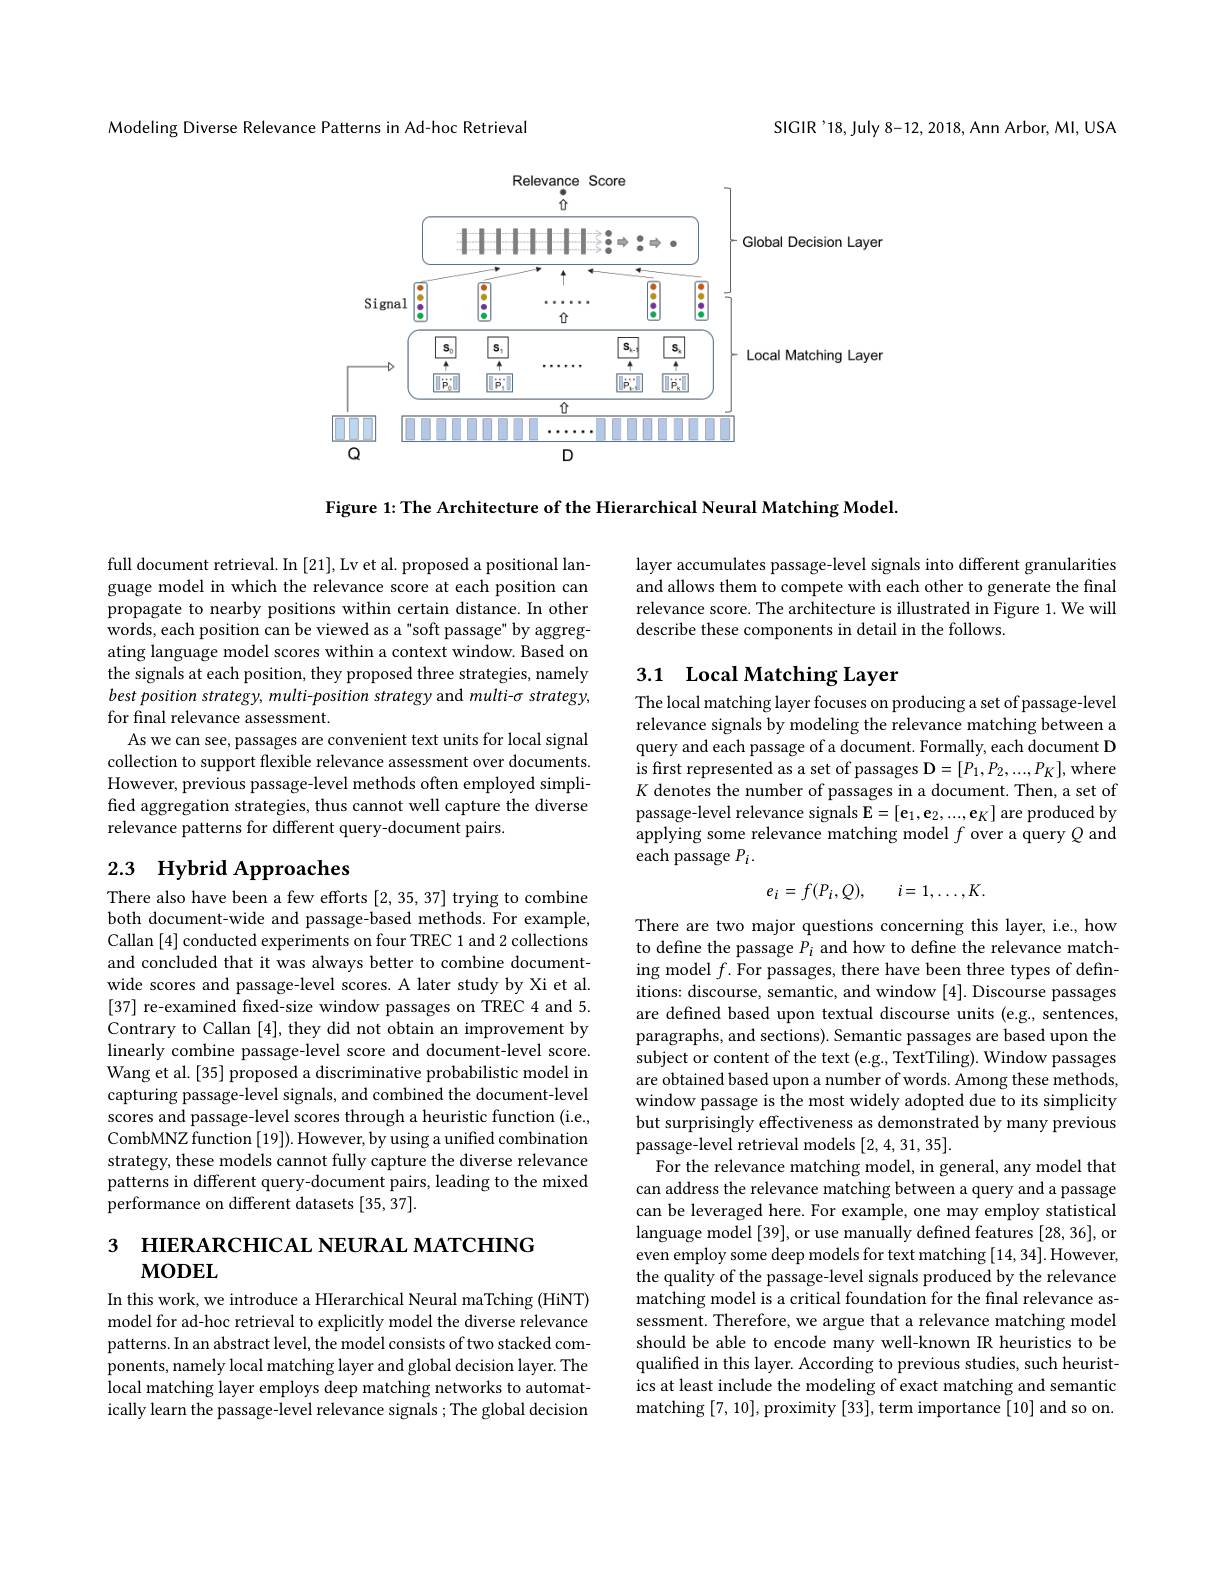
Modeling Diverse Relevance Patterns in Ad-hoc Retrieval

SIGIR'18,July 8-12, 2018, Ann Arbor, MI, USA

<FigureHere>

Figure 1: The Architecture of the Hierarchical Neural Matching Model.

full document retrieval. In [21], Lv et al. proposed a positional language model in which the relevance score at each position can propagate to nearby positions within certain distance. In other words, each position can be viewed as a"soft passage" by aggregating language model scores within a context window. Based on the signals at each position, they proposed three strategies, namely best position strategy, multi-position strategy and multi- o strategy, for final relevance assessment.
As we can see, passages are convenient text units for local signal collection to support flexible relevance assessment over documents. However, previous passage-level methods often employed simplified aggregation strategies, thus cannot well capture the diverse relevance patterns for different query-document pairs.

# 2.3 Hybrid Approaches

There also have been a few efforts [2,35,37] trying to combine both document-wide and passage-based methods. For example, Callan [4] conducted experiments on four TREC 1 and 2 collections and concluded that it was always better to combine documentwide scores and passage-level scores. A later study by Xi et al. [37] re-examined fxed-size window passages on TREC 4 and 5. Contrary to Callan [4], they did not obtain an improvement by linearly combine passage-level score and document-level score. Wang et al. [35] proposed a discriminative probabilistic model in capturing passage-level signals, and combined the document-level scores and passage-level scores through a heuristic function (i.e., CombMNZ function [19]). However, by using a unified combination strategy, these models cannot fully capture the diverse relevance patterns in different query-document pairs, leading to the mixed performance on different datasets [35, 37].

3 нIERARCHICAL NEURAL MATCHING
$\mathbf{MODEL}$

In this work, we introduce a HIerarchical Neural maTching (HiNT) model for ad-hoc retrieval to explicitly model the diverse relevance patterns. In an abstract level, the model consists of two stacked components, namely local matching layer and global decision layer. The local matching layer employs deep matching networks to automatically learn the passage-level relevance signals; The global decision

layer accumulates passage-level signals into different granularities and allows them to compete with each other to generate the final relevance score. The architecture is illustrated in Figure 1. We will describe these components in detail in the follows.

## 3.1 Local Matching Layer

The local matching layer focuses on producing a set of passage-level relevance signals by modeling the relevance matching between a query and each passage of a document. Formally, each document D is first represented as a set of passages D$=[P_1,P_2,...,P_K]$,where $K$ denotes the number of passages in a document. Then, a set of passage-level relevance signals $\mathbf{E}=[\mathbf{e}_1,\mathbf{e}_2,...,\mathbf{e}_K]$ are produced by applying some relevance matching model $f$ over a query $Q$ and each passage $P_i.$
$$e_{i}=f(P_{i},Q),\quad i=1,\ldots,K.$$
There are two major questions concerning this layer, i.e., how to define the passage $P_i$ and how to define the relevance matching model $f.$ For passages, there have been three types of definitions: discourse, semantic, and window [4]. Discourse passages are defined based upon textual discourse units (e.g., sentences, paragraphs, and sections). Semantic passages are based upon the subject or content of the text (e.g., TextTiling). Window passages are obtained based upon a number of words. Among these methods, window passage is the most widely adopted due to its simplicity but surprisingly effectiveness as demonstrated by many previous passage-level retrieval models [2,4,31,35].
For the relevance matching model, in general, any model that can address the relevance matching between a query and a passage can be leveraged here. For example, one may employ statistical language model [39], or use manually defined features [28, 36], or even employ some deep models for text matching [14,34].However, the quality of the passage-level signals produced by the relevance matching model is a critical foundation for the final relevance assessment. Therefore, we argue that a relevance matching model should be able to encode many well-known IR heuristics to be qualified in this layer. According to previous studies, such heuristics at least include the modeling of exact matching and semantic matching [7,10],proximity [33],term importance [10] and so on